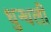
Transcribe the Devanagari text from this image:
धुन्धली